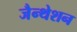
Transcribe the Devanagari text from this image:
जैन्थेशन